Report on vaccination in Madras 1922-1929 - 1922-1929
Year: 1922
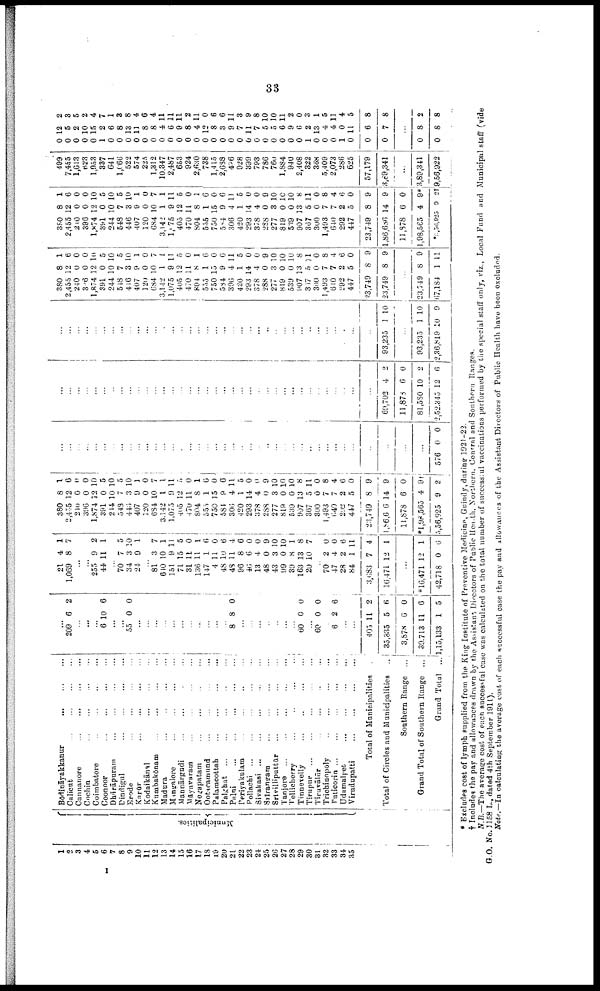
33
1
2
3
4
5
6
7
8
9
10
11
12
13
14
15
16
17
18
19
2D
21
22
23
24
25
26
27
28
29
30
31
32
33
34
35
Municipalities.
Bōdināyakkanur
... ... ...
Calicut
...
...
...
...
Cannanore
...
...
...
...
Cochin ... ... ... ...
Coimbatore
...
...
...
...
Coonoor
...
...
...
...
Dhārāpuram
...
...
...
...
Dindigul
...
...
...
...
Erode ... ... ... ...
Karūr
...
...
...
...
Kodaikānal
...
...
...
...
Kumbakōnam ... ... ...
Madura
...
...
...
...
Mangalore
...
...
...
...
Mannārgudi ... ... ... ...
Māyavaram ... ... ... ...
Negapatam ... ... ... ...
Ootacamund ... ... ... ...
Palamcottah
...
...
...
...
Palghat
...
...
...
...
...
Palni
...
...
...
...
...
Periyakulam ... ... ... ... ...
Pollachi
...
...
...
...
...
Sivakasi ... ... ... ... ...
Srīrangam ... ... ... ... ...
Srīvilliputtūr
...
...
...
...
Tanjore
...
...
...
...
...
Tellicherry
...
..
...
...
Tinnevelly
...
...
...
...
Tirupur ... ... ... ... ...
Tiruvālūr ... ... ... ...
Trichinopoly
...
...
...
...
Tuticorin
...
...
...
...
...
Udamalpet
...
...
...
...
Virudupatti
...
...
...
...
Total of Municipalities
Total of Circles and Municipalities
..
Southern Range ...
Grand Total of Southern Range ...
Grand Total
...
...
209 6 2
...
...
...
6 10 6
...
...
55 0 0
...
...
...
...
...
...
...
...
...
...
...
8 8 0
...
...
...
...
...
...
...
60 0 0
...
60 0 0
...
6 2 6
...
...
405
35,835
3,878
39,713
1,15,133
11
5
6
11
1
2
6
0
6
5
21
1,069
4
8
1
7
...
...
255
44
9
11
2
1
...
70
34
24
7
3
9
5
10
1
...
81
610
151
71
31
136
147
4
48
48
96
46
13
48
43
99
39
163
20
3
10
9
15
11
11
1
11
10
11
8
6
4
0
3
0
8
13
10
7
1
11
5
0
1
6
0
6
4
6
0
0
9
10
10
1
8
7
...
70
47
28
84
3,683
16,471
2
4
2
1
7
12
0
0
6
11
4
1
...
*16,471
42,718
12
0
1
6
380
2,405
240
396
1,874
391
244
548
446
407
120
684
3,142
1,075
405
470
804
555
750
584
306
420
293
378
288
277
819
539
907
367
300
1,493
640
292
447
23,749
1,86,606
11,878
*1,98 ,565
5,56,925
8
12
0
0
12
0
10
7
3
9
0
10
1
9
12
11
8
1
15
9
4
1
14
4
0
3
0
0
13
5
0
7
7
2
5
8
14
6
4
9
1
6
0
0
10
5
10
5
10
1
0
7
1
11
5
0
1
6
0
6
11
5
0
0
9
10
10
10
8
11
0
8 4
6
0
9
9
0
91
2
...
...
...
...
...
...
...
...
...
...
...
...
...
...
...
...
...
...
...
...
...
...
...
...
...
...
...
...
...
...
...
...
...
...
...
...
...
...
...
576 0 0
...
...
...
...
...
...
...
...
...
...
...
...
...
...
...
...
...
...
...
...
...
...
...
...
...
...
...
...
...
...
...
...
...
...
...
...
69,702
11,878
81,580
2,52,345
4
6
10
12
2
0
2
6
...
...
...
...
...
...
...
...
...
...
...
...
...
...
...
...
...
...
...
...
...
...
...
...
...
...
...
...
...
...
...
...
...
...
...
...
93,235 1 10
...
93,235
2,36,819
1
10
10
9
380
2,455
240
306
1,874
391
244
548
416
407
120
684
3,142
1,075
405
470
804
555
750
584
306
420
293
378
288
277
819
539
907
317
300
1,493
610
292
447
23,749
23,749
8
12
0
0
12
0
10
7
3
9
0
10
1
9
12
11
8
1
15
9
4
1
14
4
0
3
0
0
13
5
0
7
7
2
5
8
8
1
6
0
0
10
5
10
5
10
1
0
7
1
11
5
0
1
6
0
6
11
5
0
0
9
10
10
10
8
11
0
8
4
6
0
9
9
...
23,749
67,184
8
1
9
11
380
2,455
210
396
1,874
391
244
548
446
407
120
684
3,142
1,175
405
470
804
555
750
584
306
420
293
378
288
277
819
539
907
367
300
1,493
640
292
447
23,749
1,86,686
11,878
1,98,565
*5,56,925
8
12
0
0
12
0
10
7
3
9
0
10
1
9
12
11
8
1
15
9
4
1
14
4
0
3
0
0
13
5
0
7
7
2
5
8
14
6
4
0
1
6
0
0
10
5
10
5
10
1
0
7
1
11
5
0
1
6
0
6
11
5
0
0
9
10
10
10
8
11
0
8
4
6
0
9
9
0
9*
2†
499
7,455
1,613
623
1,953
337
641
1,066
522
574
225
1,312
10,347
2,487
653
924
2,630
738
1,415
2,688
486
928
399
793
786
760
1,884
940
2,408
322
368
5,409
2,073
286
625
57,179
3,89,341
...
3,89,341
9,56,922
0
0
0
0
0
1
0
0
0
0
0
0
0
0
0
0
0
0
0
0
0
0
0
0
0
0
0
0
0
1
0
0
0
1
0
0
0
12
5
2
10
15
2
6
8
13
11
8
8
4
6
9
8
4
12
8
3
9
7
11
7
5
5
6
9
6
2
13
4
4
0
11
6
7
2
3
5
2
4
7
1
3
8
4
6
4
11
11
11
2
11
0
6
6
11
3
9
8
10
10
11
2
0
3
1
5
11
4
5
8
8
...
0
0
8
8
2
8
* Excludes cost of lymph supplied from the King Institute of Preventive Medicine, Guindy, during 1921-22.
† Includes the pay and allowances drawn by the Assistant Directors of Public Health, Northern. Central and Southern Ranges.
N.B.—The average cost of each successful case was calculated on the total number of successful vaccinations performed by the special staff only, viz., Local Fund and Municipal staff (vide
G.O. No. 1158 L., dated 4th September 1911).
Note.—In calculating the average cost of each successful case the pay and allowances of the Assistant Directors of Public Health have been excluded.
I